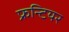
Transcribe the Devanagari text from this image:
फ्रन्टियर